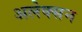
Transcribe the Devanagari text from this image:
अलेक्सन